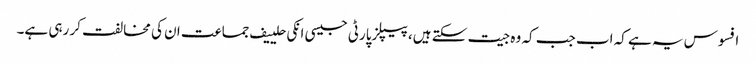
افسوس یہ ہے کہ اب جب کہ وہ جیت سکتے ہیں، پیپلزپارٹی جیسی انکی حلییف جماعت ان کی مخالفت کر رہی ہے۔